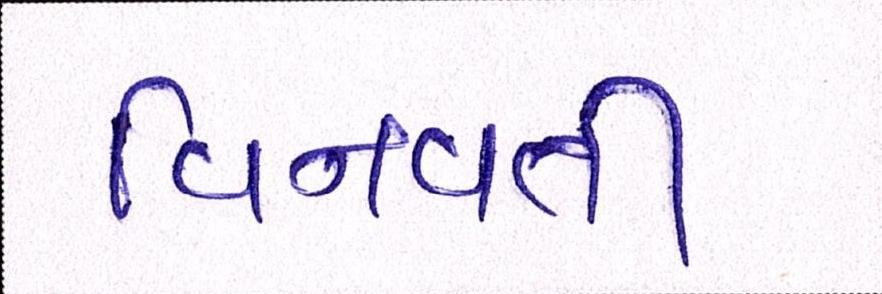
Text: વિનવતી